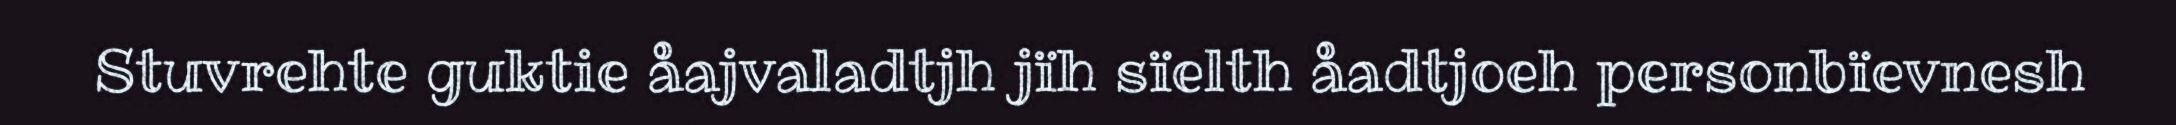
Stuvrehte guktie åajvaladtjh jïh sïelth åadtjoeh personbïevnesh